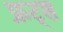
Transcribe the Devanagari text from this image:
फ्रट्श